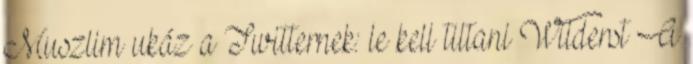
Muszlim ukáz a Twitternek: le kell tiltani Wilderst A